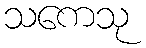
သကေသု